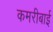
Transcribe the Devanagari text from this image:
कमरीबाई